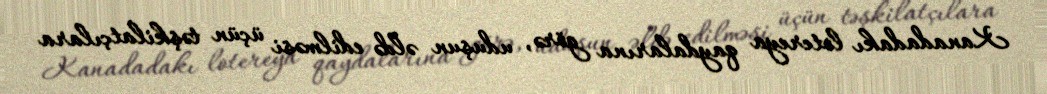
Kanadadakı lotereya qaydalarına görə, uduşun əldə edilməsi üçün təşkilatçılara